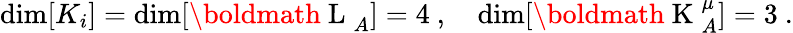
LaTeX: \dim[K_{i}]=\dim[\mathrm{\boldmath~L~}_{A}]=4\ ,\quad\dim[\mathrm{\boldmath~K~}_{A}^{\mu}]=3\ .